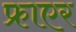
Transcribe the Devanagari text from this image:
फ्राएर